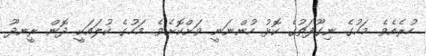
ހުރެއެވެ. މަހުގެ ނިގޫފަތުގެ ކޮޅު ހުންނަނީ ވަށްކޮށެވެ. މަހުގެ ކުލައަކީ ދޮން ރީނދޫ